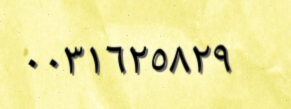
٠٠٣١٦٢٥٨٢٩